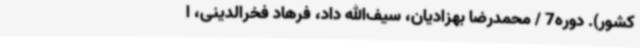
کشور). دوره7 / محمدرضا بهزادیان، سیف‌الله داد، فرهاد فخرالدینی، ا